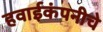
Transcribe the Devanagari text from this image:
हवाईकंपनीचे